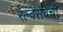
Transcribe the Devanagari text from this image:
रेल्वेसेवेची